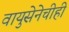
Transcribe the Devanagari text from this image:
वायुसेनेचीही